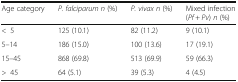
| Age category | P. falciparum n (%) | P. vivax n (%) | Mixed infection (Pf + Pv) n (%) |
 | --- | --- | --- | --- |
 | <5 | 125 (10.1) | 82 (11.2) | 9 (10.1) |
 | 5–14 | 186 (15.0) | 100 (13.6) | 17 (19.1) |
 | 15–45 | 868 (69.8) | 513 (69.9) | 59 (66.3) |
 | >45 | 64 (5.1) | 39 (5.3) | 4 (4.5) |